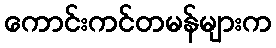
ကောင်းကင်တမန်များက